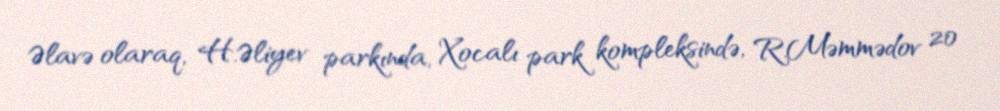
Əlavə olaraq, H.Əliyev parkında, Xocalı park kompleksində, R.Məmmədov 20